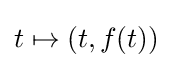
t\mapsto (t,f(t))